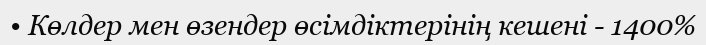
• Көлдер мен өзендер өсімдіктерінің кешені - 1400%